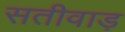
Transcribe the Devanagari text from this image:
सतीवाड़